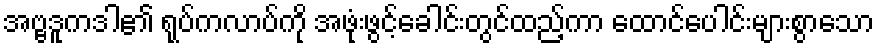
အဗ္ဗဒူကဒါ၏ ရုပ်ကလာပ်ကို အဖုံးဖွင့်ခေါင်းတွင်ထည့်ကာ ထောင်ပေါင်းများစွာသော